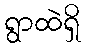
ရွာထဲရှိ